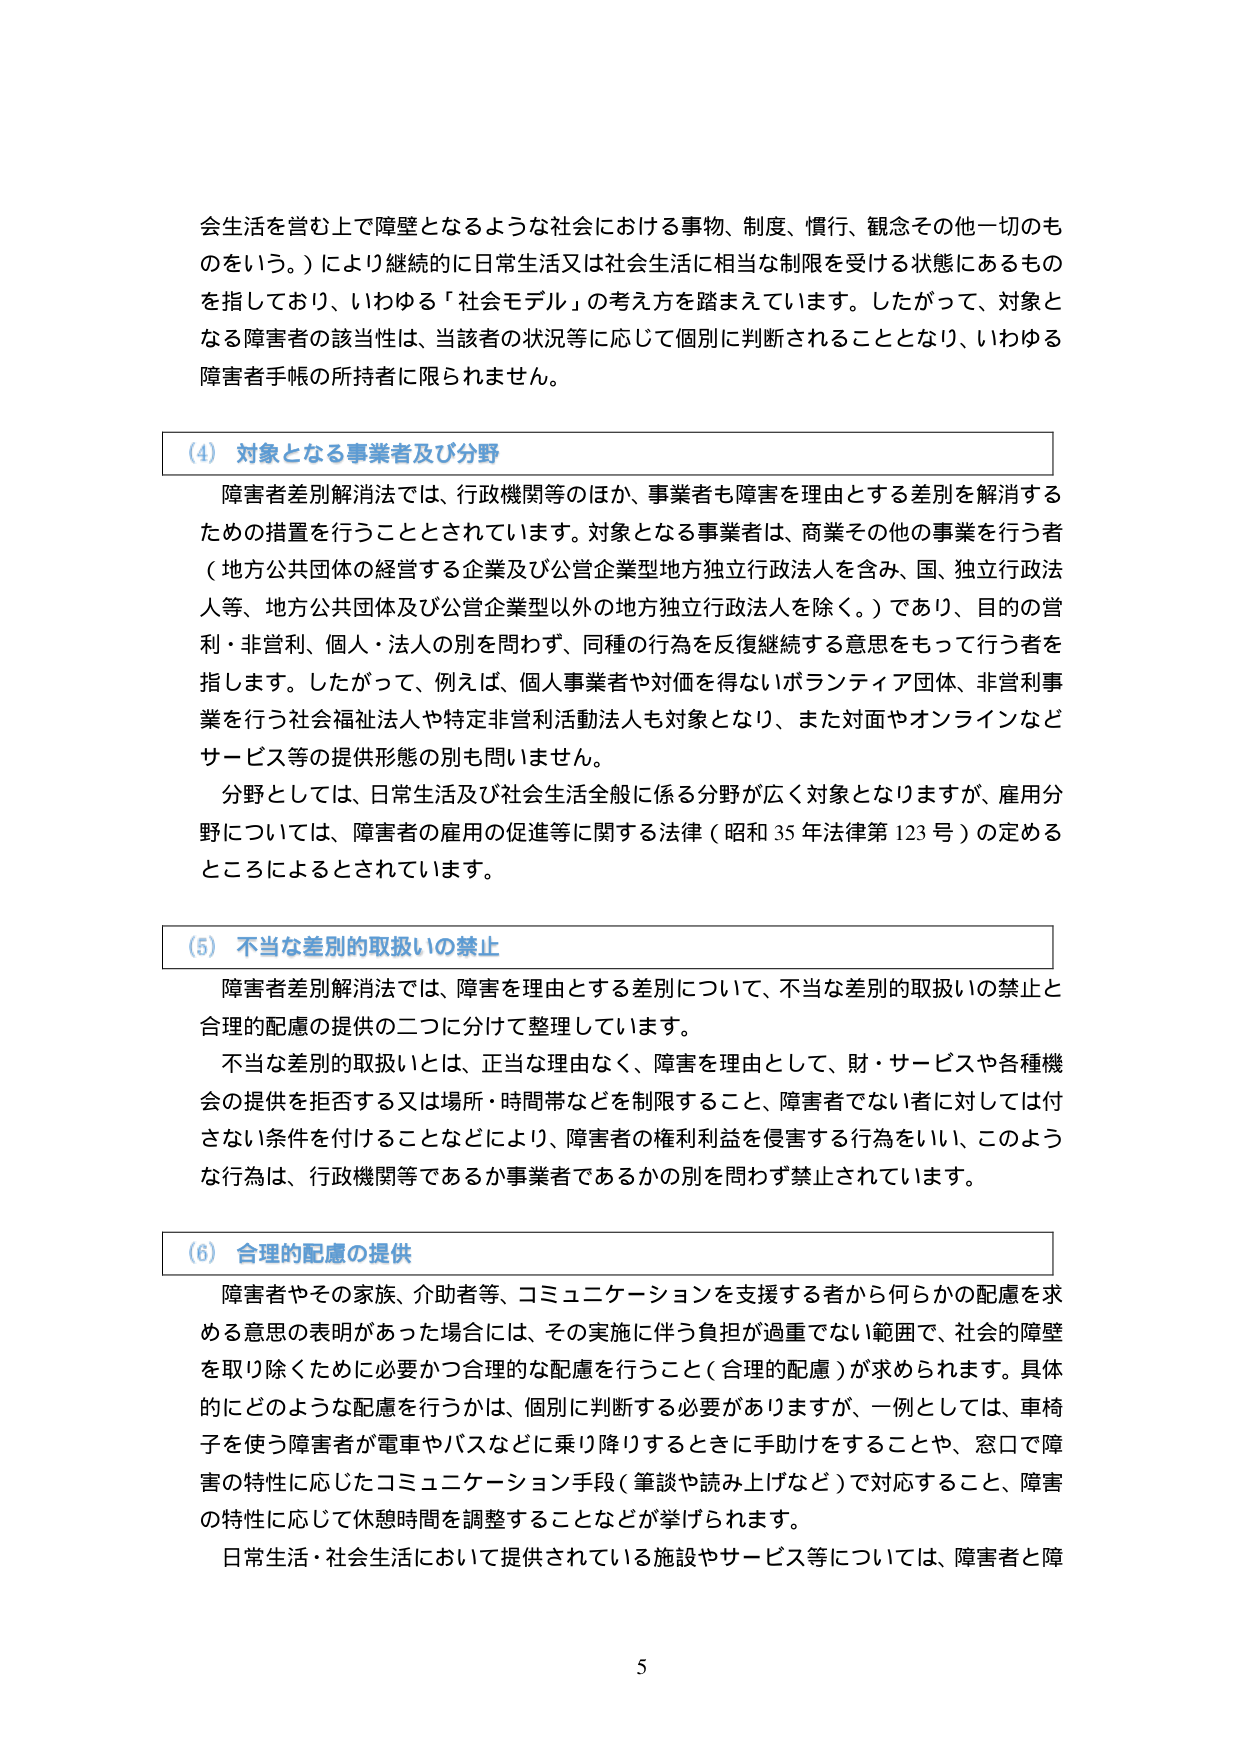
会生活を営む上で障壁となるような社会における事物、制度、慣行、観念その他一切のものをいう。）により継続的に日常生活又は社会生活に相当な制限を受ける状態にあるものを指しており、いわゆる「社会モデル」の考え方を踏まえています。したがって、対象となる障害者の該当性は、当該者の状況等に応じて個別に判断されることとなり、いわゆる障害者手帳の所持者に限られません。

（4）対象となる事業者及び分野

障害者差別解消法では、行政機関等のほか、事業者も障害を理由とする差別を解消するための措置を行うこととされています。対象となる事業者は、商業その他の事業を行う者（地方公共団体の経営する企業及び公営企業型地方独立行政法人を含み、国、独立行政法人等、地方公共団体及び公営企業型以外の地方独立行政法人を除く。）であり、目的の営利・非営利、個人・法人の別を問わず、同種の行為を反復継続する意思をもって行う者を指します。したがって、例えば、個人事業者や対価を得ないボランティア団体、非営利事業を行う社会福祉法人や特定非営利活動法人も対象となり、また対面やオンラインなどサービス等の提供形態の別も問いません。

分野としては、日常生活及び社会生活全般に係る分野が広く対象となりますが、雇用分野については、障害者の雇用の促進等に関する法律（昭和35年法律第123号）の定めるところによるとされています。

（5）不当な差別的取扱いの禁止

障害者差別解消法では、障害を理由とする差別について、不当な差別的取扱いの禁止と合理的配慮の提供の二つに分けて整理しています。

不当な差別的取扱いとは、正当な理由なく、障害を理由として、財・サービスや各種機会の提供を拒否する又は場所・時間帯などを制限すること、障害者でない者に対しては付さない条件を付けることなどにより、障害者の権利利益を侵害する行為をいい、このような行為は、行政機関等であるか事業者であるかの別を問わず禁止されています。

（6）合理的配慮の提供

障害者やその家族、介助者等、コミュニケーションを支援する者から何らかの配慮を求める意思の表明があった場合には、その実施に伴う負担が過重でない範囲で、社会的障壁を取り除くために必要かつ合理的な配慮を行うこと（合理的配慮）が求められます。具体的にどのような配慮を行うかは、個別に判断する必要がありますが、一例としては、車椅子を使う障害者が電車やバスなどに乗り降りするときに手助けをすることや、窓口で障害の特性に応じたコミュニケーション手段（筆談や読み上げなど）で対応すること、障害の特性に応じて休憩時間を調整することなどが挙げられます。

日常生活・社会生活において提供されている施設やサービス等については、障害者と障

5